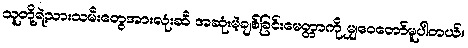
သူတို့ရဲ့သားသမီးတွေအားလုံးဆီ အဆုံးမဲ့ချစ်ခြင်းမေတ္တာကို မျှဝေတော်မူပါတယ်။